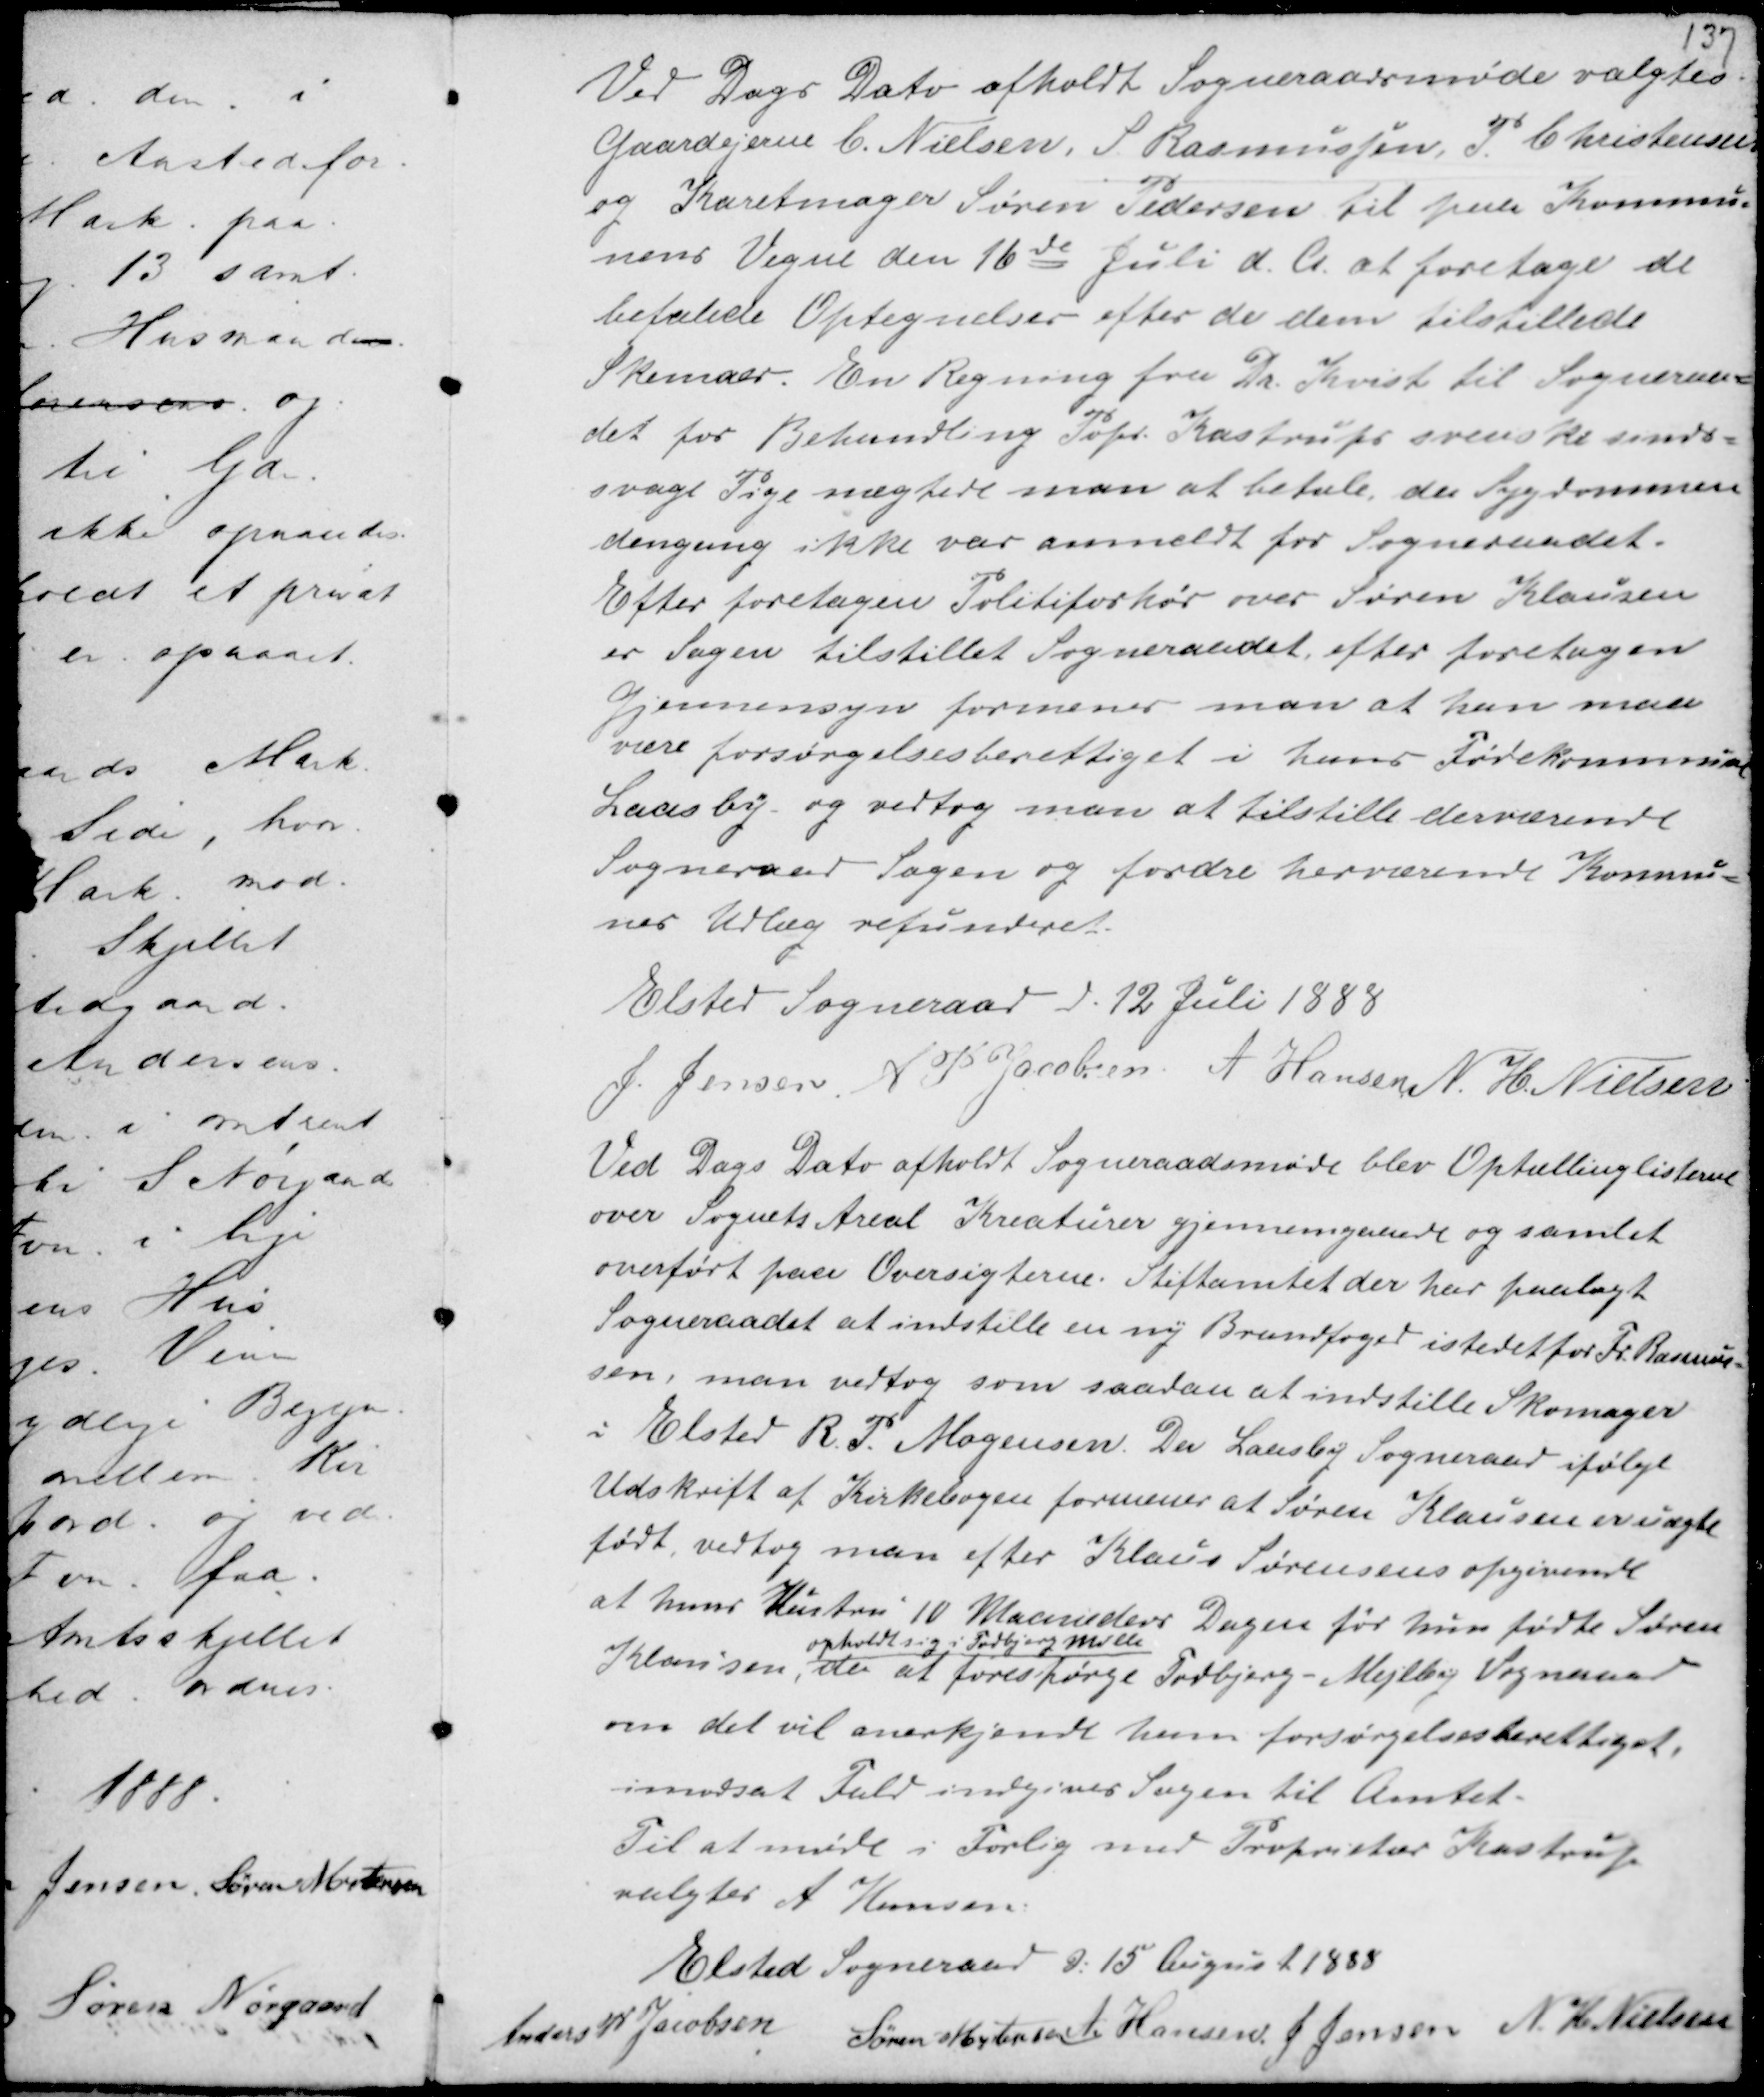
Transskription:
Ved Dags Dato afholdt Sogneraadsmøde valgtes
Gaardejerne C. Nielsen S. Rasmussen P. Christensen
og Karetmager Søren Pedersen til paa Kommu-
nens Vegne den 16de Juli d.A. at foretage de
befalede Optegnelser efter de dem tilstillede
Skemaer. En Regning fra Dr Kvist til Sogneraa-
det for Behandling Prpr. Kastrups svenske sinds-
svage Pige nægtede man at betale da Sygdommen
dengang ikke var anmeldt for Sogneraadet.
Efter foretagen Politiforhør over Søren Klausen
er Sagen tilstillet Sogneraadet efter foretagen
Gjennemsyn formener man at han maa
være forsørgelsesberettiget i hans Fødekommune
Laasby og vedtog man at tilstille derværende
Sogneraad Sagen og fordre herværende Kommu-
nes Udlæg refunderet.

Elsted Sogneraad d. 12 Juli 1888
J. Jensen A P Jacobsen A Hansen N. H. Nielsen

Ved Dags Dato afholdt Sogneraadsmøde blev Optællinglisterne
over Sognets Areal Kreaturer gjennemgaaet og samlet
overført paa Oversigterne. Stiftamtet der har paalagt
Sogneraadet at indstille en ny Brandfoged istedetfor Fr. Rasmus-
sen, man vedtog som saadan at indstille Skomager
i Elsted R.P. Mogensen. Da Laasby Sogneraad ifølge
Udskrift af Kirkebogen formener at Søren Klausen er uægte
født vedtog man efter Klaus Sørensens opgivende
at hans Hustru 10 Maaneders Dagen før hun fødte Søren
Klausen,
opholdt sig i Todbjergmølle
der at forespørge Todbjerg - Mejlby Sogneraad
om det vil anerkjende ham forsørgelsesberettiget,
imodsat Fald indgives Sagen til Amtet.
Til at møde i Forlig med Proprietær Kastrup
valgtes A Hansen.

Elsted Sogneraad d. 15 August 1888
Anders P. Jacobsen
Søren Mortensen A Hansen J Jensen N. H. Nielsen